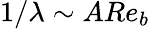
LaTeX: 1/\lambda\sim ARe_{b}